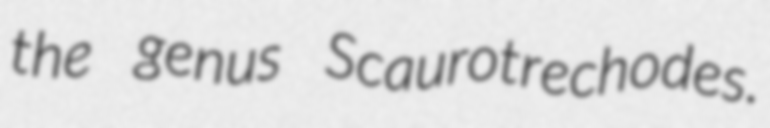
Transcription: the genus Scaurotrechodes.